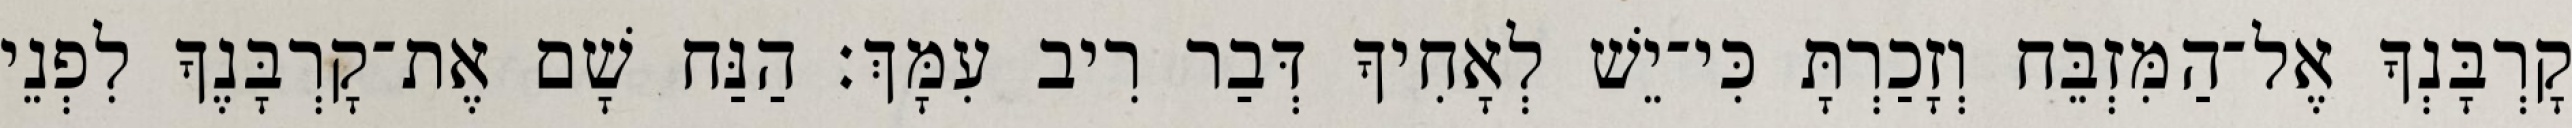
קָרְבָּנְךָ אֶל־הַמִּזְבֵּח וְזָכַרְתָּ כִּי־יֵשׁ לְאָחִיךָ דְּבַר רִיב עִמָּךְ׃ הַנַּח שָׁם אֶת־קָרְבָּנֶךָ לִפְנֵי